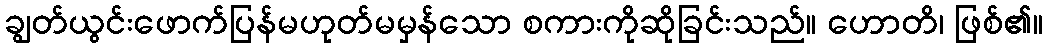
ချွတ်ယွင်းဖောက်ပြန်မဟုတ်မမှန်သော စကားကိုဆိုခြင်းသည်။ ဟောတိ၊ ဖြစ်၏။